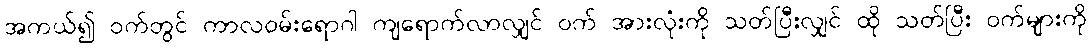
အကယ်၍ ဝက်တွင် ကာလဝမ်းရောဂါ ကျရောက်လာလျှင် ဝက် အားလုံးကို သတ်ပြီးလျှင် ထို သတ်ပြီး ဝက်များကို